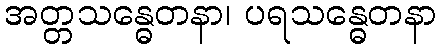
အတ္တသန္ဓေတနာ၊ ပရသန္ဓေတနာ